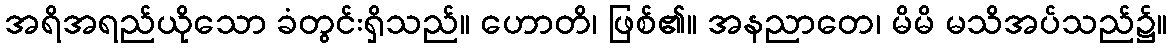
အရိအရည်ယိုသော ခံတွင်းရှိသည်။ ဟောတိ၊ ဖြစ်၏။ အနညာတေ၊ မိမိ မသိအပ်သည်၌။